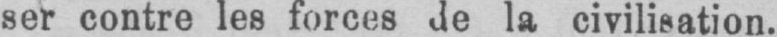
ser contre les forces de la civilisation.